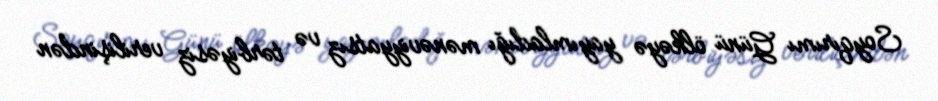
Soyqırımı Günü ölkəyə yayımladığı mənəviyyatsız və tərbiyəsiz verilişindən